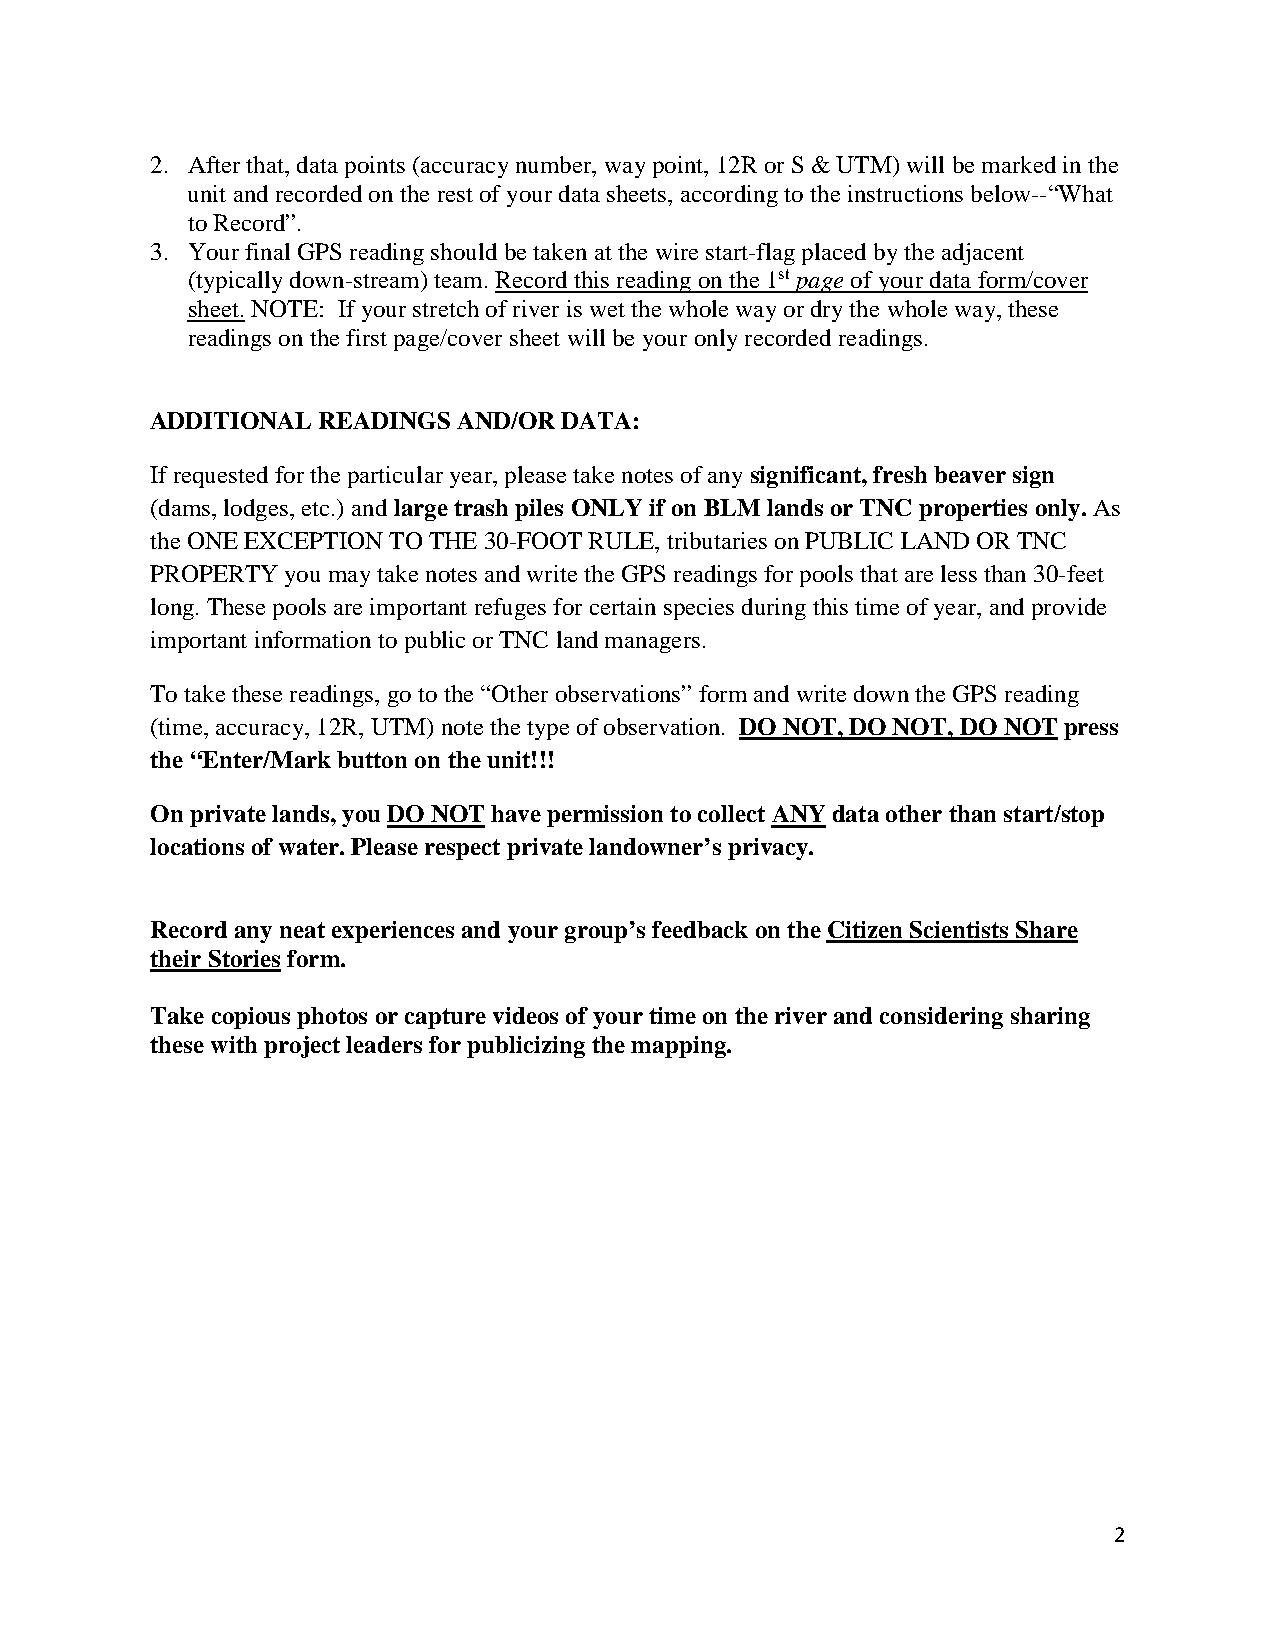
2. After that, data points (accuracy number, way point, 12R or S & UTM) will be marked in the
 unit and recorded on the rest of your data sheets, according to the instructions below--“What
 to Record”.
 3. Your final GPS reading should be taken at the wire start-flag placed by the adjacent
 (typically down-stream) team. Record this reading on the 1st page of your data form/cover
 sheet. NOTE: If your stretch of river is wet the whole way or dry the whole way, these
 readings on the first page/cover sheet will be your only recorded readings.
 ADDITIONAL READINGS AND/OR DATA:
 If requested for the particular year, please take notes of any significant, fresh beaver sign
 (dams, lodges, etc.) and large trash piles ONLY if on BLM lands or TNC properties only. As
 the ONE EXCEPTION TO THE 30-FOOT RULE, tributaries on PUBLIC LAND OR TNC
 PROPERTY you may take notes and write the GPS readings for pools that are less than 30-feet
 long. These pools are important refuges for certain species during this time of year, and provide
 important information to public or TNC land managers.
 To take these readings, go to the “Other observations” form and write down the GPS reading
 (time, accuracy, 12R, UTM) note the type of observation. DO NOT, DO NOT, DO NOT press
 the “Enter/Mark button on the unit!!!
 On private lands, you DO NOT have permission to collect ANY data other than start/stop
 locations of water. Please respect private landowner’s privacy.
 Record any neat experiences and your group’s feedback on the Citizen Scientists Share
 their Stories form.
 Take copious photos or capture videos of your time on the river and considering sharing
 these with project leaders for publicizing the mapping.
 2